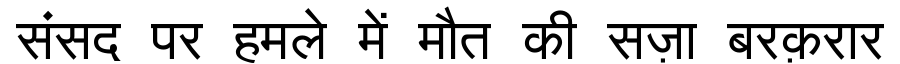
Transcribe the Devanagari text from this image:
संसद पर हमले में मौत की सज़ा बरक़रार